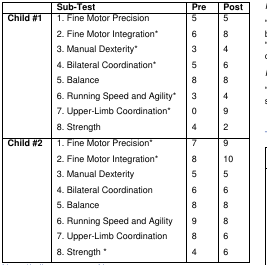
<table><thead><tr><td></td><td><b>Sub-Test</b></td><td><b>Pre</b></td><td><b>Post</b></td></tr></thead><tbody><tr><td rowspan="8"><b>Child #1</b></td><td>1. Fine Motor Precision</td><td>5</td><td>5</td></tr><tr><td>2. Fine Motor Integration*</td><td>6</td><td>8</td></tr><tr><td>3. Manual Dexterity*</td><td>3</td><td>4</td></tr><tr><td>4. Bilateral Coordination*</td><td>5</td><td>6</td></tr><tr><td>5. Balance</td><td>8</td><td>8</td></tr><tr><td>6. Running Speed and Agility*</td><td>3</td><td>4</td></tr><tr><td>7. Upper-Limb Coordination*</td><td>0</td><td>9</td></tr><tr><td>8. Strength</td><td>4</td><td>2</td></tr><tr><td rowspan="8"><b>Child #2</b></td><td>1. Fine Motor Precision*</td><td>7</td><td>9</td></tr><tr><td>2. Fine Motor Integration*</td><td>8</td><td>10</td></tr><tr><td>3. Manual Dexterity</td><td>5</td><td>5</td></tr><tr><td>4. Bilateral Coordination</td><td>6</td><td>6</td></tr><tr><td>5. Balance</td><td>8</td><td>8</td></tr><tr><td>6. Running Speed and Agility</td><td>9</td><td>8</td></tr><tr><td>7. Upper-Limb Coordination</td><td>8</td><td>6</td></tr><tr><td>8. Strength *</td><td>4</td><td>6</td></tr></tbody></table>